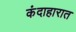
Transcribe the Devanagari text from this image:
कंदाहारात